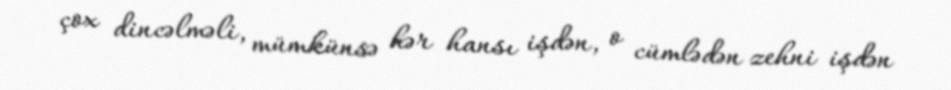
çox dincəlməli, mümkünsə hər hansı işdən, o cümlədən zehni işdən